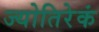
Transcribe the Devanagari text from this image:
ज्योतिरेकं